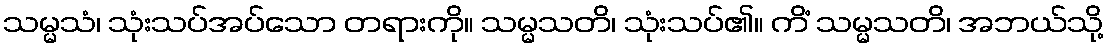
သမ္မသံ၊ သုံးသပ်အပ်သော တရားကို။ သမ္မသတိ၊ သုံးသပ်၏။ ကိံ သမ္မသတိ၊ အဘယ်သို့